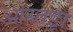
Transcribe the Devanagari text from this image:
ओस्तझ